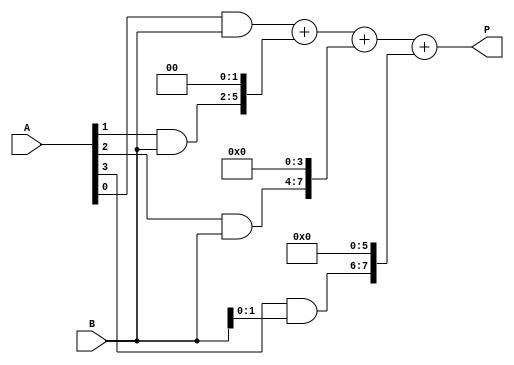
module radix4_multiplier (
  input [3:0] A,
  input [3:0] B,
  output reg [7:0] P
);

reg [7:0] pp0, pp1, pp2, pp3;

assign pp0 = A[0] & B;
assign pp1 = A[1] & B;
assign pp2 = A[2] & B;
assign pp3 = A[3] & B;

always @* begin
  P = pp0 + (pp1 << 2) + (pp2 << 4) + (pp3 << 6);
end

endmodule